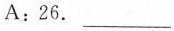
A:26.___